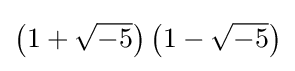
\left(1+{\sqrt {-5}}\right)\left(1-{\sqrt {-5}}\right)